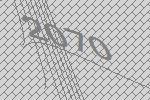
2070